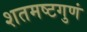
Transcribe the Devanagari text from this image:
शतमष्टगुणं